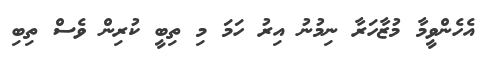
އެހެންވީމާ މުޒާހަރާ ނިމުނު އިރު ހަމަ މި ތިބީ ކުރިން ވެސް ތިބި